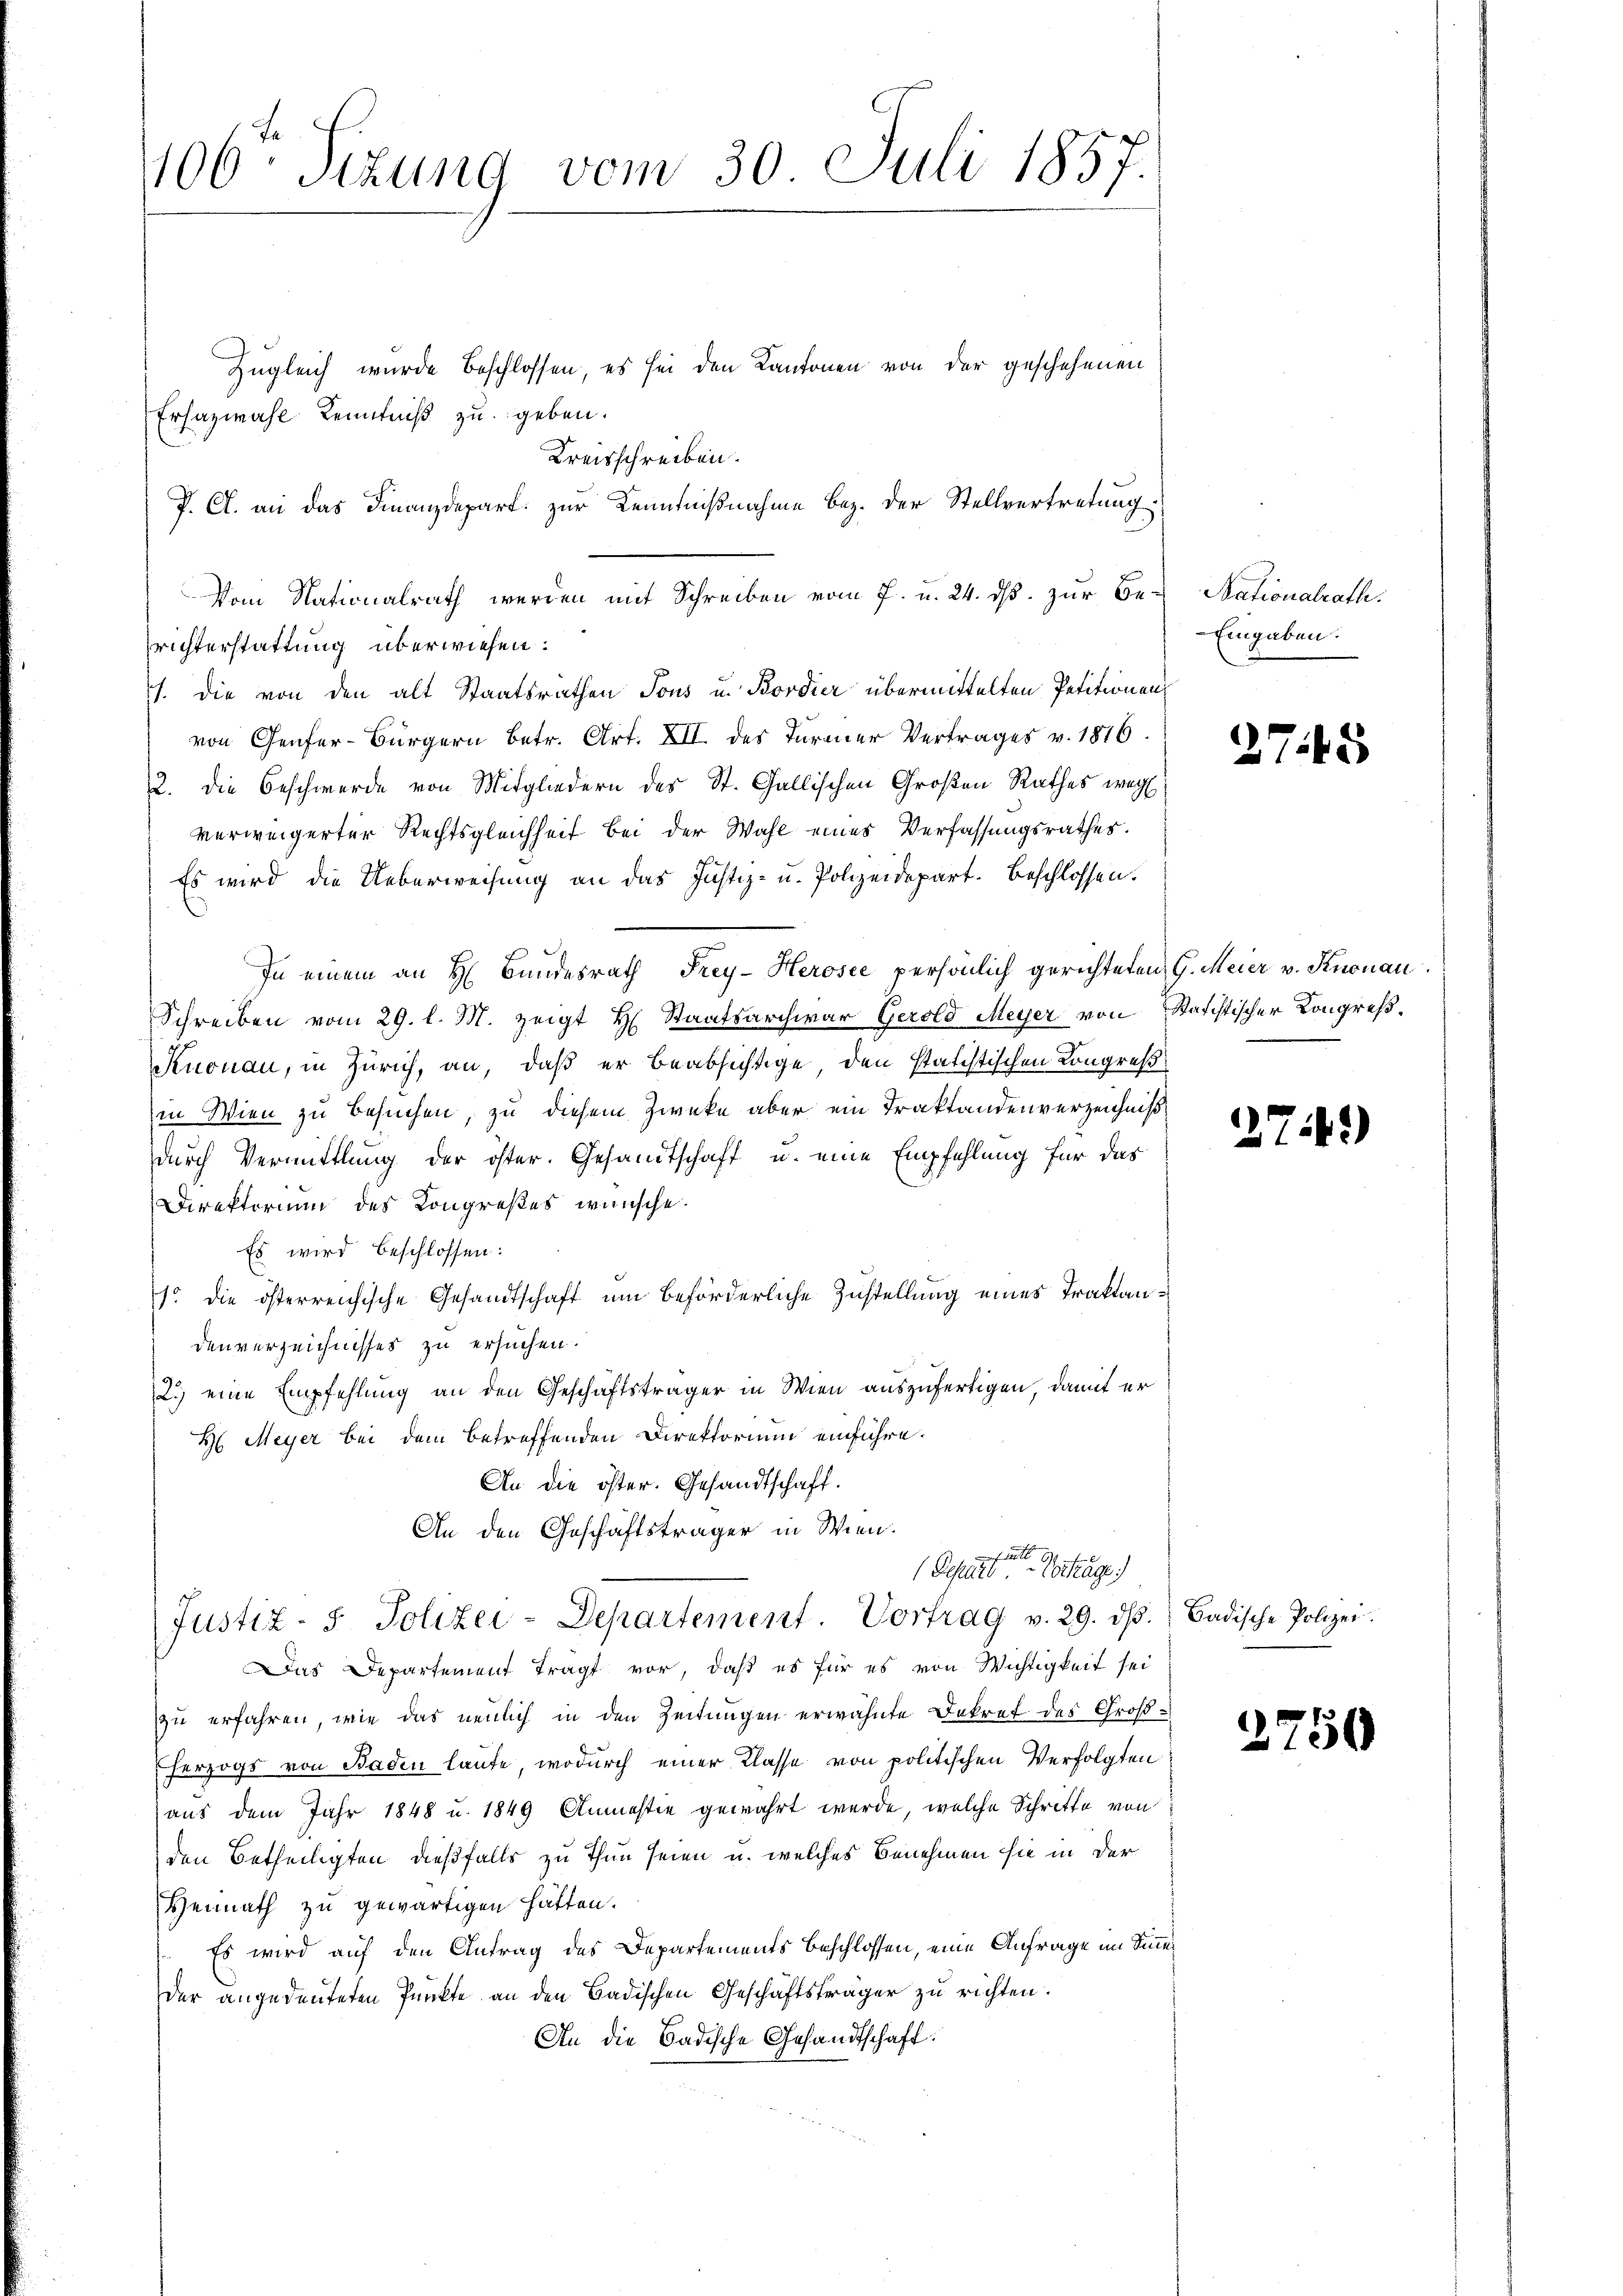
106. Sizung vom 30. Juli 1857.

Zugleich wurde beschlossen, es sei den Kantonen von der geschehenen
Erhazwahl Kenntniß zu geben.
Kreisschreiben.
P. Cl. an das Finanzdepart zur Kenntnißnahme bez. der Stellvertretung
Vom Nationalrath werden mit Schreiben vom 7. u. 24. dβ zŭr Be-
richterstattung überwiesen:
1. die von den alt Staatsrathen Tous u. Bordier übermittelten Petitionen,
von Genfer-Bürgern betr. Art. XII der Türmer Vertrages v. 1876.
2. die Beschwerde von Mitgliedern des St. Gallischen Großen Rathes weg
verweigerter Rechtsgleichheit bei der Wahl eines Verfassungsrathes.
Es wird die Ueberweisung an das Justiz- u. Polizeidepart. Beschlossen.
In einem an H. Bundesrath Frey-Herosée persönlich gerichteten G. Meier v. Knonau
Schreiben vom 29. l. M. zeigt H. Staatsarchivar Gerold Meyer von Statistischer Kongreß¬
Knonau, in Zürich, an, daß er beabsichtige, den statistischen Kongreß
in Wien zu Besuchen, zu diesem Zwecke aber ein Traktandenverzeichniß
durch Vermittlung der öster. Gesandtschaft u. eine Empfehlung für das
Direktorium des Kongreßes wünsche.
Es wird beschlossen:
1. die österreichische Gesandtschaft um beförderliche Zustellung eines Traktandenverzeichnisses zu ersuchen.
2.) eine Empfehlung an den Geschäftsträger in Wien auszufertigen, damit er
H. Meyer bei dem betreffenden Direktorium einführe.
An die öster. Gesandtschaft.
An den Geschäftsträger in Wien.

Departe Vortrage
Justiz- & Polizei-Departement. Vortrag v. 29. dβ.
Das Departement tragt vor, daß es für es von Wichtigkeit sei
zu erfahren, wie das neulich in den Zeitungen erwähnte Dekret des Groß¬
Eherzogs von Baden laute, wodurch einer Klasse von politischen Verfolgten
aus dem Jahr 1848 u. 1849 Anmastie gewahrt werde, welche Schritte von
den Betheiligten dießfalls zu Thun seien u. welches Benehmen sie in der
Hennath zu gewärtigen hätten.
Es wird auf den Antrag des Departements beschlossen, eine Anfrage im Sinne
der angedeuteten Punkte an den Badischen Geschäftsträger zu richten.
An die Badische Gesandtschaft:

Stationalrath.
Eingaben.

2745

274)

Badische Polizei.

2750